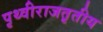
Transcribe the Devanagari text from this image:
पृथ्वीराजतृतीय